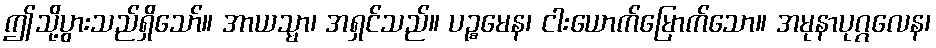
ဤသို့ပွားသည်ရှိသော်။ အာယသ္မာ၊ အရှင်သည်။ ပဉ္စမေန၊ ငါးယောက်မြောက်သော။ အမုနာပုဂ္ဂလေန၊